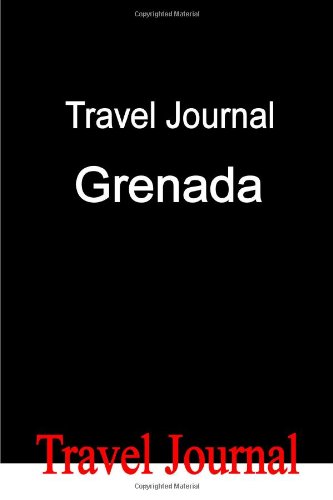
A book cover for Travel Journal Grenada; E Locken; Travel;